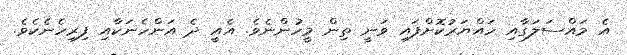
އެ މައްސަލަގާއި ހައްޔަރުކޮށްފައި ވަނީ ތިން މީހުންނެވެ. އެއީ ދެ އަންހެނަަކާއި ފިިރިހެނެކެވެ.